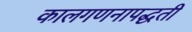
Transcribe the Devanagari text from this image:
कालगणनापद्धती